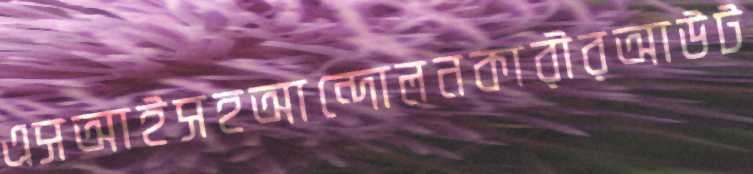
এসআইসহআন্দোলনকারীরআউট